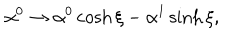
\alpha ^ { 0 } \rightarrow \alpha ^ { 0 } \cosh \xi - \alpha ^ { 1 } \sinh \xi ,